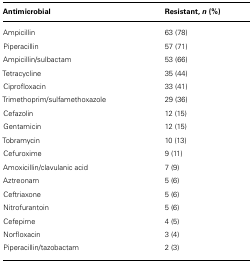
<table><thead><tr><td><b>Antimicrobial</b></td><td><b>Resistant, <i>n</i> (%)</b></td></tr></thead><tbody><tr><td>Ampicillin</td><td>63 (78)</td></tr><tr><td>Piperacillin</td><td>57 (71)</td></tr><tr><td>Ampicillin/sulbactam</td><td>53 (66)</td></tr><tr><td>Tetracycline</td><td>35 (44)</td></tr><tr><td>Ciprofloxacin</td><td>33 (41)</td></tr><tr><td>Trimethoprim/sulfamethoxazole</td><td>29 (36)</td></tr><tr><td>Cefazolin</td><td>12 (15)</td></tr><tr><td>Gentamicin</td><td>12 (15)</td></tr><tr><td>Tobramycin</td><td>10 (13)</td></tr><tr><td>Cefuroxime</td><td>9 (11)</td></tr><tr><td>Amoxicillin/clavulanic acid</td><td>7 (9)</td></tr><tr><td>Aztreonam</td><td>5 (6)</td></tr><tr><td>Ceftriaxone</td><td>5 (6)</td></tr><tr><td>Nitrofurantoin</td><td>5 (6)</td></tr><tr><td>Cefepime</td><td>4 (5)</td></tr><tr><td>Norfloxacin</td><td>3 (4)</td></tr><tr><td>Piperacillin/tazobactam</td><td>2 (3)</td></tr></tbody></table>